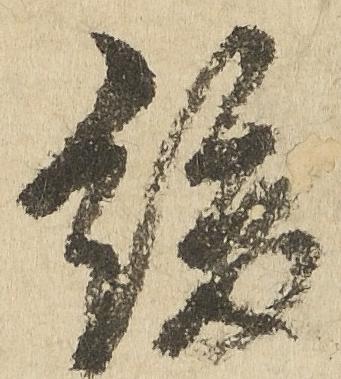
緩